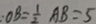
: O B = \frac { 1 } { 2 } A B = 5